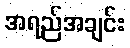
အရည်အချင်း